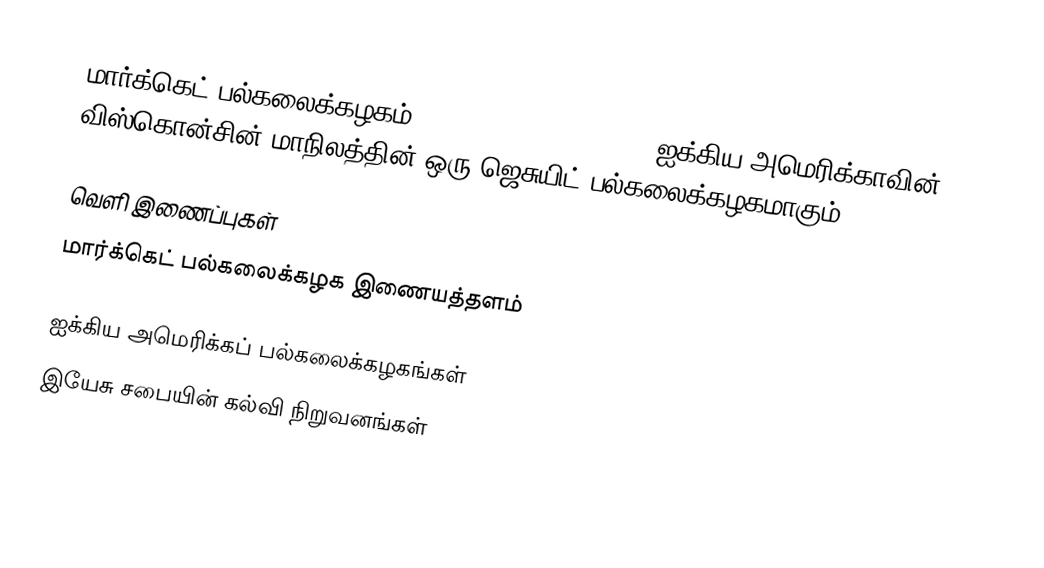
மார்க்கெட் பல்கலைக்கழகம் (Marquette University), ஐக்கிய அமெரிக்காவின் விஸ்கொன்சின் மாநிலத்தின் ஒரு ஜெசுயிட் பல்கலைக்கழகமாகும்.

வெளி இணைப்புகள்
மார்க்கெட் பல்கலைக்கழக இணையத்தளம்

ஐக்கிய அமெரிக்கப் பல்கலைக்கழகங்கள்
இயேசு சபையின் கல்வி நிறுவனங்கள்